Leaving Certificate Examination, 1904
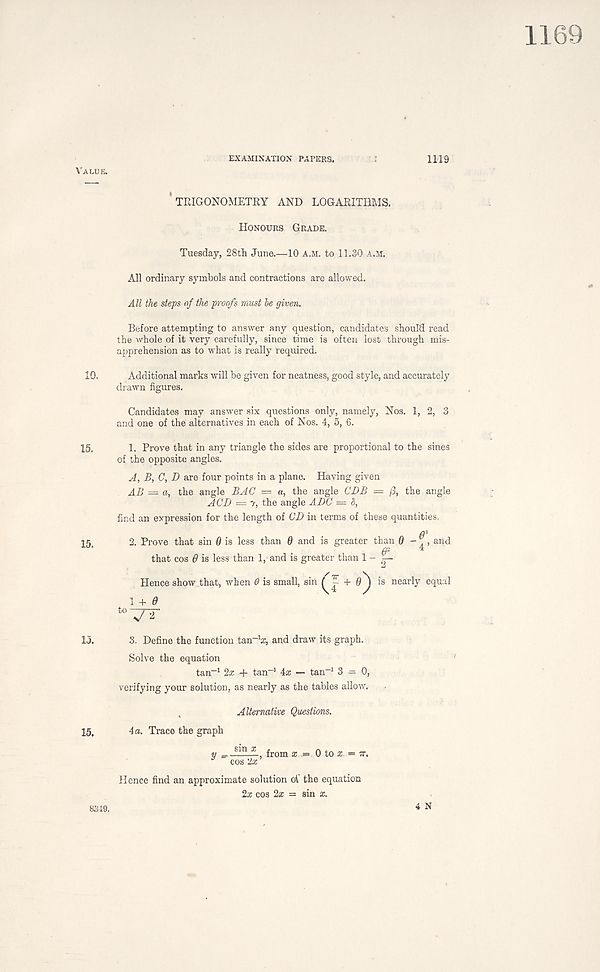
1169
EXAMINATION PATERS.
TRIGONOMETRY AND LOGARITHMS.
Honours Grade.
Tuesday, 28th June.—10 A.M. to 11.30 A.M.
All ordinary symbols and contractions are allowed.
All the steps of the proofs must he given.
Before attempting to answer any question, candidates should read
the whole of it very carefully, since time is often lost through mis-
apprehension as to what is really required.
10.
Additional marks will be given for neatness, good style, and accurately
drawn figures.
Candidates may answer six questions only, namely, Nos. 1, 2, 3
and one of the alternatives in each of Nos. 4, 5, 6.
15.
1. Prove that in any triangle the sides are proportional to the sines
of the opposite angles.
A, B, C, D are four points in a plane. Having given
AB = a, the angle BAG = a, the angle CDB = j3, the angle
ACD — 7, the angle ABC — d,
find an expression for the length of CD in terms of these quantities,
15,
2. Prove that sin Q is less than 6 and is greater than Q - ^, and
that cos 6 is less than 1, and is greater than 1 - |-
Hence show that, when 6 is small, sin + 0^ is nearly equal
1 + 9
to V^'
15.
3. Define the function tan -:i a:, and draw its graph.
Solve the equation
tan -1 2x + tan -1 4a; — tan -1 3 = 0,
verifying your solution, as nearly as the tables allow.
Alternative Questions.
15,
4 a. Trace the graph
y _ S1 ' n a: ., from x = 0 to a; = 7T.
cos 2a;
Hence find an approximate solution oV the equation
2a: cos 2a: = sin x.
8349.